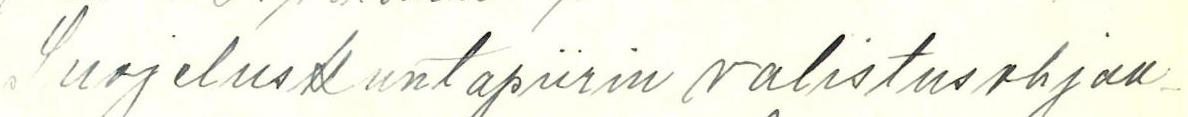
Suojeluskuntapiirin valistusohjaa-